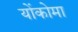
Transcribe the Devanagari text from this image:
योंकोमा